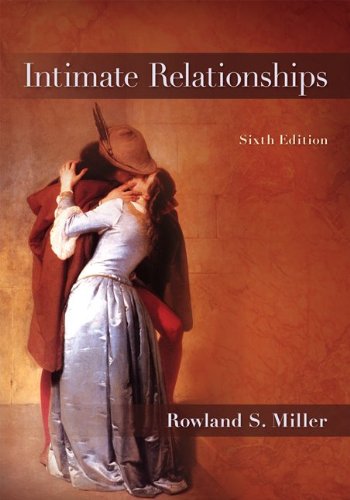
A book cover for Intimate Relationships; Rowland Miller; Medical Books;